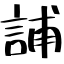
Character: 誧